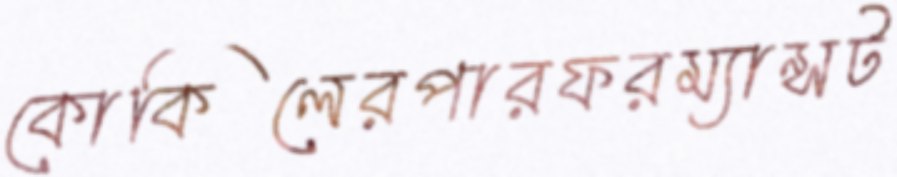
কোকিলেরপারফরম্যান্সট